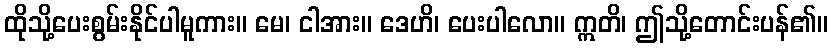
ထိုသို့ပေးစွမ်းနိုင်ပါမူကား။ မေ၊ ငါအား။ ဒေဟိ၊ ပေးပါလော။ ဣတိ၊ ဤသို့တောင်းပန်၏။